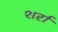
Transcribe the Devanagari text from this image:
शर्रा